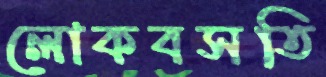
লোকবসতি